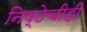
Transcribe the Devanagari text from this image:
निष्ठेचीही